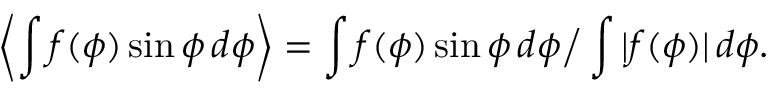
\left\langle \int f ( \phi ) \sin \phi \, d \phi \right\rangle = \int f ( \phi ) \sin \phi \, d \phi \big / \int | f ( \phi ) | \, d \phi .